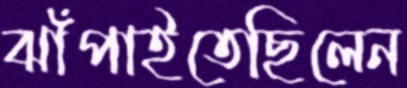
ঝাঁপাইতেছিলেন